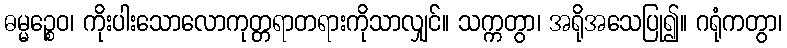
ဓမ္မဉ္စေဝ၊ ကိုးပါးသောလောကုတ္တရာတရားကိုသာလျှင်။ သက္ကတွာ၊ အရိုအသေပြု၍။ ဂရုံကတွာ၊